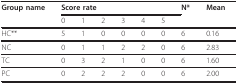
| Group name | <COLSPAN=6> Score rate | N* | Mean |
 |  | 0 | 1 | 2 | 3 | 4 | 5 |  |  |
 | --- | --- | --- | --- | --- | --- | --- | --- | --- |
 | HC** | 5 | 1 | 0 | 0 | 0 | 0 | 6 | 0.16 |
 | NC | 0 | 1 | 1 | 2 | 2 | 0 | 6 | 2.83 |
 | TC | 0 | 3 | 2 | 1 | 0 | 0 | 6 | 1.60 |
 | PC | 0 | 2 | 2 | 2 | 0 | 0 | 6 | 2.00 |